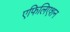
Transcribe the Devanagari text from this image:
एफिलिएशन